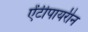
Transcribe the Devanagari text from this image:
ऐंटीपायरीन